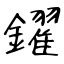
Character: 鑃